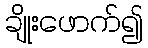
ချိုးဖောက်၍